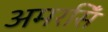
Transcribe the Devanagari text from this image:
अमरसिँ